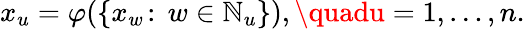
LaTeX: x_{u}=\varphi(\{ x_{w}\! :\, w\in\mathbb{N}_{u}\} ),\quadu=1,\ldots,n.